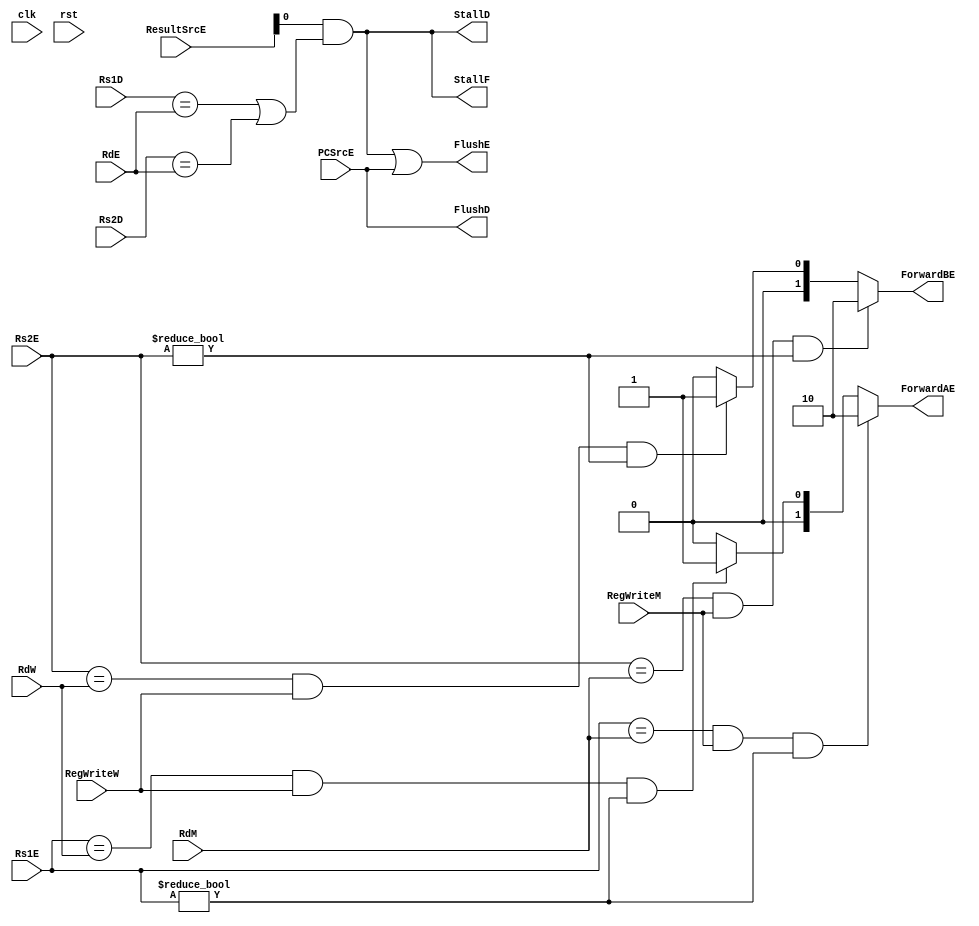
`timescale 1ns / 1ps
//////////////////////////////////////////////////////////////////////////////////
// Company: Personal project
// 
// Design Name: 
// Module Name: hazard_pipeline
// Project Name: RISC-V core
// Target Devices: 
// Tool Versions: 
// Description: Hazard of RISC-V pipeline MCU
// 
// Dependencies: 
// 
// Revision:
// Revision 0.01 - File Created
// Additional Comments:
// 
//////////////////////////////////////////////////////////////////////////////////


module hazard_pipeline(
    // Inputs
    input        clk,           // Clock 
    input        rst,           // Reset
    input  [4:0] Rs1D,
    input  [4:0] Rs2D,
    input  [4:0] Rs1E,
    input  [4:0] Rs2E,
    input  [4:0] RdE,
    input        PCSrcE,
    input  [1:0] ResultSrcE,
    input        RegWriteM,
    input  [4:0] RdM,
    input        RegWriteW,
    input  [4:0] RdW,
    
    // Outputs
    output       StallF,
    output       StallD,
    output       FlushD,
    output       FlushE,
    output [1:0] ForwardAE,
    output [1:0] ForwardBE
    );
    
    reg  [1:0] lc_ForwardAE;
    reg  [1:0] lc_ForwardBE;
    wire       lc_Stall;        
    
    assign ForwardAE = lc_ForwardAE;
    assign ForwardBE = lc_ForwardBE;
    
    always @(*) begin
        if (((Rs1E == RdM) & RegWriteM) & (Rs1E != 0))begin
            lc_ForwardAE <= 2'b10;
        end
        else if (((Rs1E == RdW) & RegWriteW) & (Rs1E != 0))begin
            lc_ForwardAE <= 2'b01;
        end
        else begin
            lc_ForwardAE <= 2'b00;
        end
    end

    always @(*) begin
        if (((Rs2E == RdM) & RegWriteM) & (Rs2E != 0))begin
            lc_ForwardBE <= 2'b10;
        end
        else if (((Rs2E == RdW) & RegWriteW) & (Rs2E != 0))begin
            lc_ForwardBE <= 2'b01;
        end
        else begin
            lc_ForwardBE <= 2'b00;
        end
    end
    
    assign lc_Stall = ResultSrcE[0] & ((Rs1D == RdE) | (Rs2D == RdE));
    assign StallF = lc_Stall;
    assign StallD = lc_Stall;
    
    assign FlushD = PCSrcE;
    assign FlushE = lc_Stall | PCSrcE;
    
endmodule